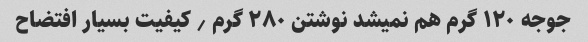
جوجه ۱۲۰ گرم هم نمیشد نوشتن ۲۸۰ گرم ٫ کیفیت بسیار افتضاح